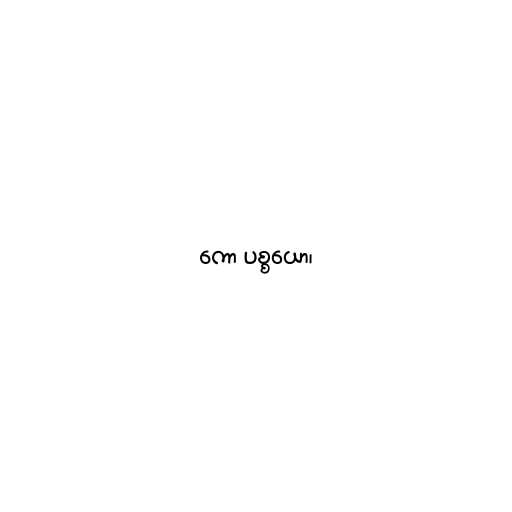
ကော ပစ္စယော၊